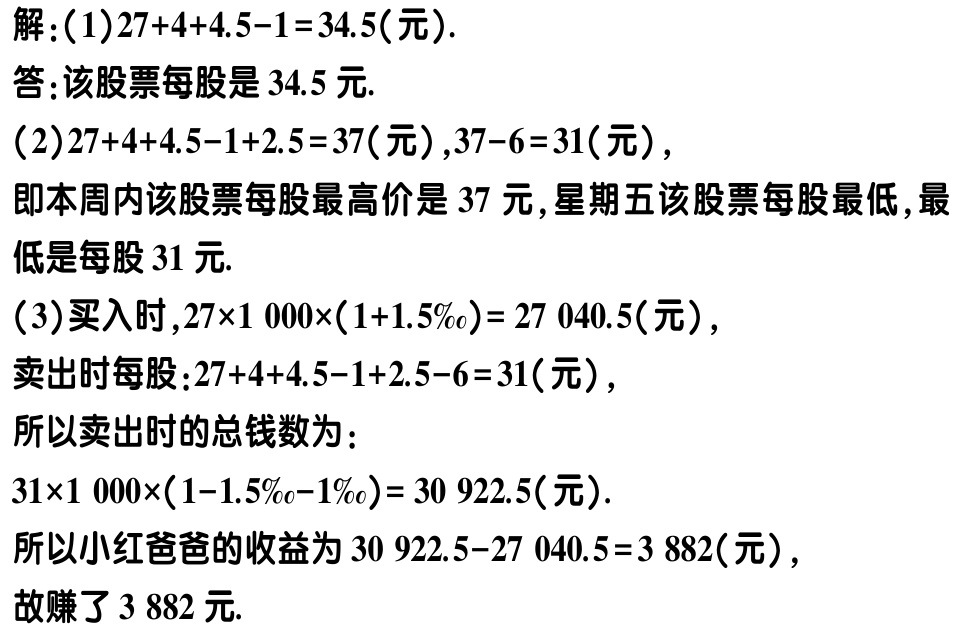
解：(1)\(27 + 4 + 4.5 - 1 = 34.5\)(元).

答：该股票每股是\(34.5\)元.

(2)\(27 + 4 + 4.5 - 1 + 2.5 = 37\)(元),\(37 - 6 = 31\)(元),

即本周内该股票每股最高价是\(37\)元, 星期五该股票每股最低, 最低是每股\(31\)元.

(3)买入时,\(27\times1000\times(1 + 1.5‰)= 27040.5\)(元),

卖出时每股:\(27 + 4 + 4.5 - 1 + 2.5 - 6 = 31\)(元),

所以卖出时的总钱数为：

\(31\times1000\times(1 - 1.5‰ - 1‰)= 30922.5\)(元).

所以小红爸爸的收益为\(30922.5 - 27040.5 = 3882\)(元),

故赚了\(3882\)元.